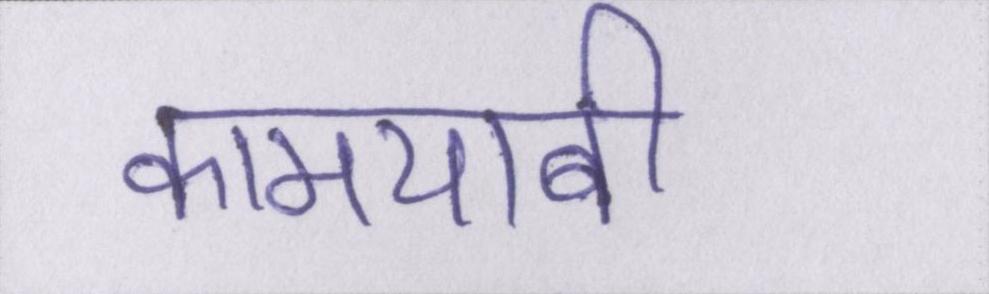
कामयाबी